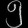
Digit: ၅